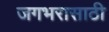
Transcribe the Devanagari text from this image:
जगभरासाठी